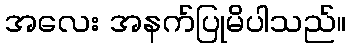
အလေး အနက်ပြုမိပါသည်။